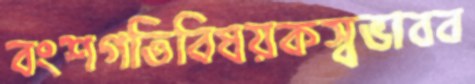
বংশগতিবিষয়কস্বভাবব